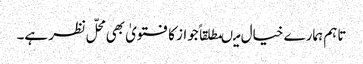
تاہم ہمارے خیال میںمطلقاً جواز کا فتویٰ بھی محلّ نظر ہے۔